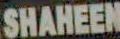
SHAHEEN